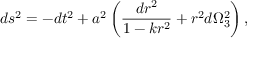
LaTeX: d s ^ { 2 } = - d t ^ { 2 } + a ^ { 2 } \left( { \frac { d r ^ { 2 } } { 1 - k r ^ { 2 } } } + r ^ { 2 } d \Omega _ { 3 } ^ { 2 } \right) ,